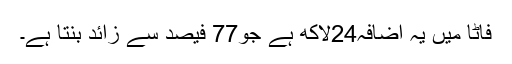
فاٹا میں یہ اضافہ24لاکھ ہے جو77 فیصد سے زائد بنتا ہے۔